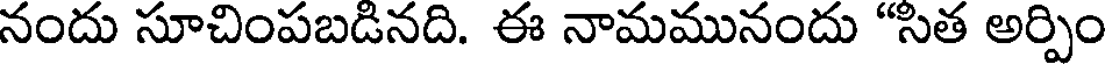
నందు సూచింపబడినది. ఈ నామమునందు "సిత అర్పిం